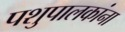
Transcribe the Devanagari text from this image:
पशुपालकांना